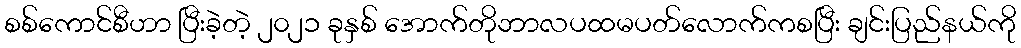
စစ်ကောင်စီဟာ ပြီးခဲ့တဲ့ ၂၀၂၁ ခုနှစ် အောက်တိုဘာလပထမပတ်လောက်ကစပြီး ချင်းပြည်နယ်ကို